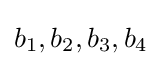
b_{1},b_{2},b_{3},b_{4}